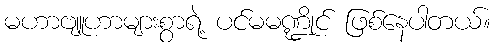
မဟာဗျူဟာများစွာရဲ့ ပင်မမဏ္ဍိုင် ဖြစ်နေပါတယ်။